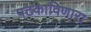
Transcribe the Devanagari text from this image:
पटकाविणारा